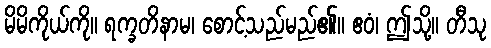
မိမိကိုယ်ကို။ ရက္ခတိနာမ၊ စောင့်သည်မည်၏။ ဧဝံ၊ ဤသို့။ တီသု